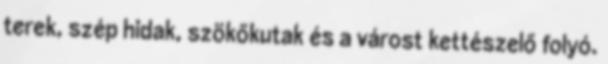
terek, szép hidak, szökőkutak és a várost kettészelő folyó.